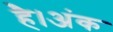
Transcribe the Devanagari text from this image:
है।अंक